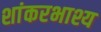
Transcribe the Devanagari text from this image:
शांकरभाश्य